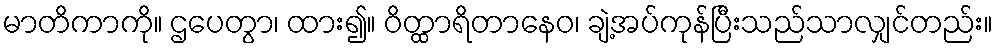
မာတိကာကို။ ဌပေတွာ၊ ထား၍။ ဝိတ္ထာရိတာနေဝ၊ ချဲ့အပ်ကုန်ပြီးသည်သာလျှင်တည်း။